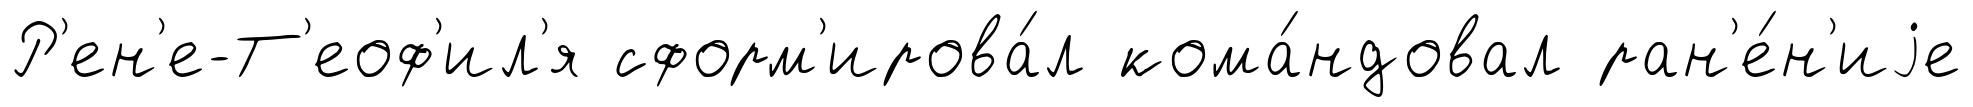
Р'ен'е-Т'еоф'ил'я сформ'ирова́л кома́ндовал ран'е́н'иjе